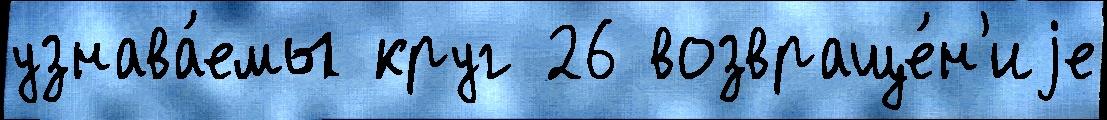
узнава́емы круг 26 возвраще́н'иjе